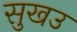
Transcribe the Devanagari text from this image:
सुखउ